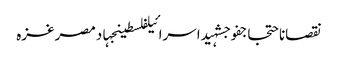
نقصاناحتجاجفوجشہیداسرائیلفلسطینجہادمصرغزہ